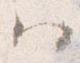
ハ